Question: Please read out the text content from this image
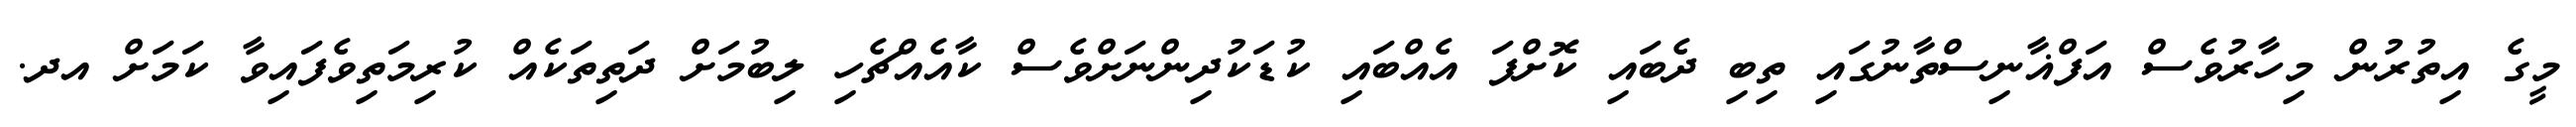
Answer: މީގެ އިތުރުން މިހާރުވެސް އަފްޣާނިސްތާނުގައި ތިބި ދެބައި ކޮށްފަ އެއްބައި ކުޑަކުދިންނަށްވެސް ކާއެއްޗެހި ލިބުމަށް ދަތިތަކެއް ކުރިމަތިވެފައިވާ ކަމަށް އދ.